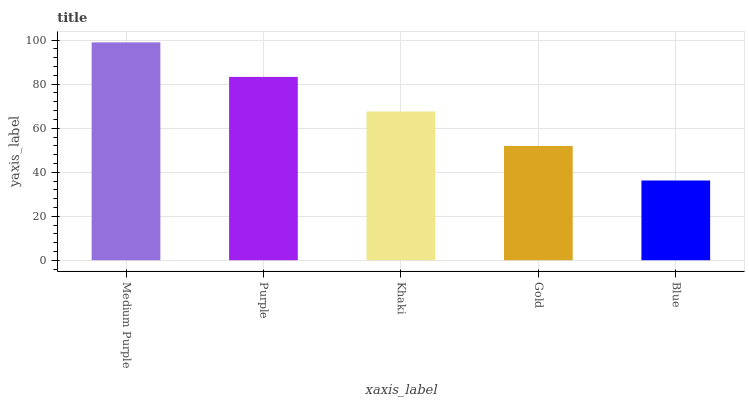
| xaxis_label | bars |
 | --- | --- |
 | Medium Purple | 99 |
 | Purple | 83.3 |
 | Khaki | 67.6 |
 | Gold | 51.9 |
 | Blue | 36.2 |